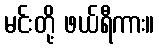
မင်းတို့ ဖယ်ရီကား။